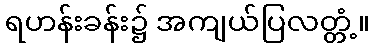
ရဟန်းခန်း၌ အကျယ်ပြလတ္တံ့။